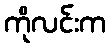
ကိုလင်းက